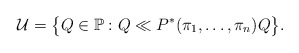
\begin{gather*}\mathcal{U}=\bigl\{Q\in\mathbb{P}:Q\ll P^*(\pi_1,\ldots,\pi_n)Q\bigr\}.\end{gather*}